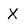
Character: X